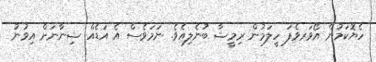
ހެޔޮކަމުން އޯވަރވެފަ ހީލަމުން ރިމީޝާ ބުނެލިއެވެ. ނަމަވެސް އެ އަޑެއް ޝިނާނަށް އިވުނު